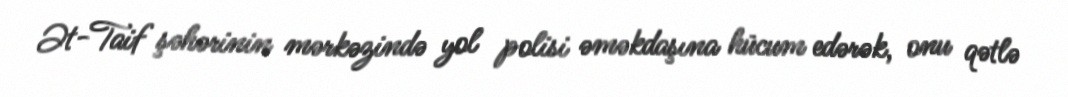
Ət-Taif şəhərinin mərkəzində yol polisi əməkdaşına hücum edərək, onu qətlə